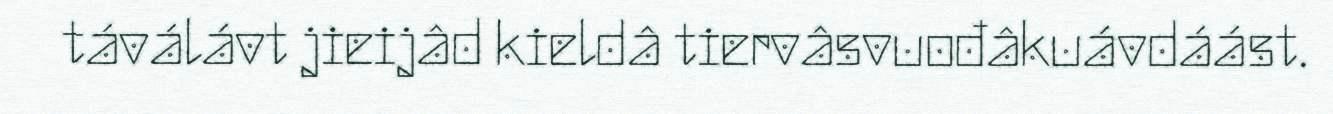
táválávt jieijâd kieldâ tiervâsvuođâkuávdáást.